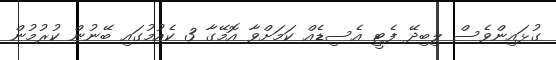
ގުޅައިންވެސް ލިބިދޭ ފެޓީ އެސިޑެއް ކަމަށްވާ އޮމޭގާ 3 ކެއުމުގައި ބޭނުން ކުރުމުން